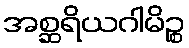
အစ္ဆရိယဂါမိဉ္စ